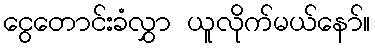
ငွေတောင်းခံလွှာ ယူလိုက်မယ်နော်။